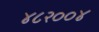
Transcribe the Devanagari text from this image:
४८२००४